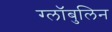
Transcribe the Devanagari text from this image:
ग्लॉबुलिन